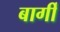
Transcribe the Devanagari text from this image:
बार्गी